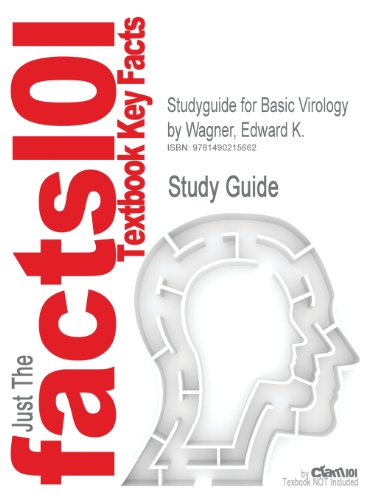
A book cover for Studyguide for Basic Virology by Wagner, Edward K.; Cram101 Textbook Reviews; Medical Books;